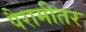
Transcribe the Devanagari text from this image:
पैरामीतर